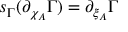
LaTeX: s _ { \Gamma } ( \partial _ { \chi _ { A } } \Gamma ) = \partial _ { \xi _ { A } } \Gamma